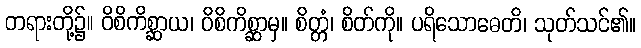
တရားတို့၌။ ဝိစိကိစ္ဆာယ၊ ဝိစိကိစ္ဆာမှ။ စိတ္တံ၊ စိတ်ကို။ ပရိသောဓေတိ၊ သုတ်သင်၏။